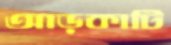
আড়কাটি